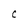
Character: C